Report of an investigation of the epidemic of malarial fever in Assam, or, kala-azar
Disease focus: Malaria
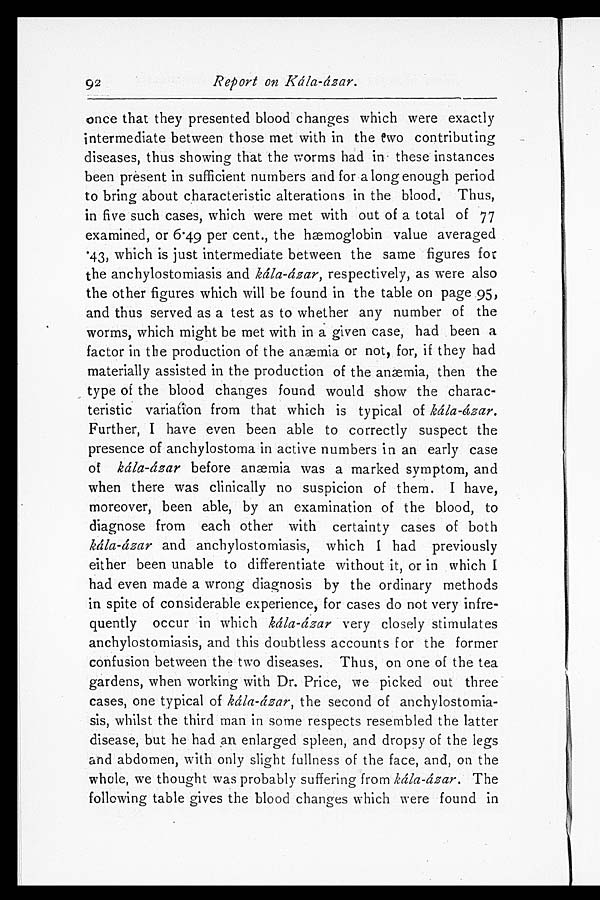
92
Report on Kála-ázar.
once that they presented blood changes which were exactly
intermediate between those met with in the two contributing
diseases, thus showing that the worms had in these instances
been present in sufficient numbers and for a long enough period
to bring about characteristic alterations in the blood. Thus,
in five such cases, which were met with out of a total of 77
examined, or 6.49 per cent., the hæmoglobin value averaged
.43, which is just intermediate between the same figures for
the anchylostomiasis and kála-ázar, respectively, as were also
the other figures which will be found in the table on page 95,
and thus served as a test as to whether any number of the
worms, which might be met with in a given case, had been a
factor in the production of the anæmia or not, for, if they had
materially assisted in the production of the anæmia, then the
type of the blood changes found would show the charac-
teristic variation from that which is typical of kála-ázar.
Further, I have even been able to correctly suspect the
presence of anchylostoma in active numbers in an early case
of kála-ázar before anæmia was a marked symptom, and
when there was clinically no suspicion of them. I have,
moreover, been able, by an examination of the blood, to
diagnose from each other with certainty cases of both
kála-ázar and anchylostomiasis, which I had previously
either been unable to differentiate without it, or in which I
had even made a wrong diagnosis by the ordinary methods
in spite of considerable experience, for cases do not very infre-
quently occur in which kála-ázar very closely stimulates
anchylostomiasis, and this doubtless accounts for the former
confusion between the two diseases. Thus, on one of the tea
gardens, when working with Dr. Price, we picked out three
cases, one typical of kála-ázar, the second of anchylostomia-
sis, whilst the third man in some respects resembled the latter
disease, but he had an enlarged spleen, and dropsy of the legs
and abdomen, with only slight fullness of the face, and, on the
whole, we thought was probably suffering from kála-ázar. The
following table gives the blood changes which were found in